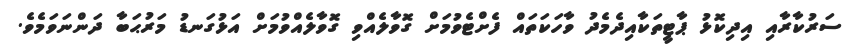
ސަރުކާރާއި އިދިކޮޅު ޕާޓީތަކާއިދެމެދު ވާހަކަތައް ފެށްޓެވުމަށް ގޮވާލެއްވި ގޮވާލެއްވުމަށް އަޅުގަނޑު މަރުޙަބާ ދަންނަވަމެވެ.